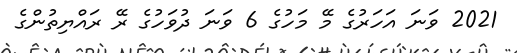
2021 ވަނަ އަހަރުގެ މޭ މަހުގެ 6 ވަނަ ދުވަހުގެ ރޭ ރައްޔިތުންގެ